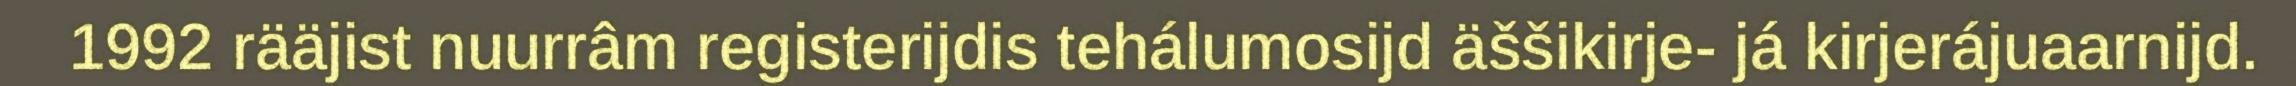
1992 rääjist nuurrâm registerijdis tehálumosijd äššikirje- já kirjerájuaarnijd.